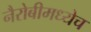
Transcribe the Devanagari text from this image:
नैरोबीमध्येच